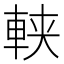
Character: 𨋸